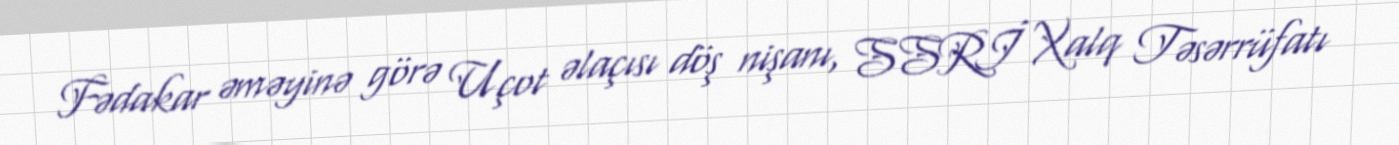
Fədakar əməyinə görə Uçot əlaçısı döş nişanı, SSRİ Xalq Təsərrüfatı